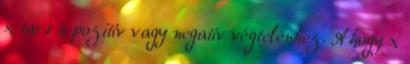
x tart a pozitív vagy negatív végtelenhez. Ahogy x